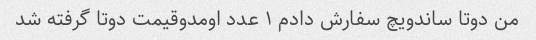
من دوتا ساندویچ سفارش دادم ۱ عدد اومدوقیمت دوتا گرفته شد